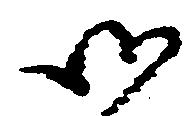
御